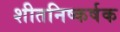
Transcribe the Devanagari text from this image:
शीतनिष्कर्षक